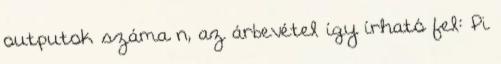
outputok száma n, az árbevétel így írható fel: Pi